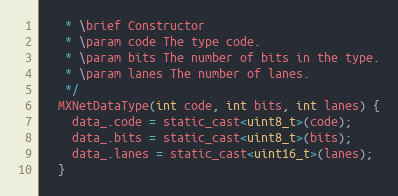
Language: C
   * \brief Constructor
   * \param code The type code.
   * \param bits The number of bits in the type.
   * \param lanes The number of lanes.
   */
  MXNetDataType(int code, int bits, int lanes) {
    data_.code = static_cast<uint8_t>(code);
    data_.bits = static_cast<uint8_t>(bits);
    data_.lanes = static_cast<uint16_t>(lanes);
  }